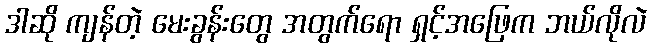
ဒါဆို ကျန်တဲ့ မေးခွန်းတွေ အတွက်ရော ရှင့်အဖြေက ဘယ်လိုလဲ